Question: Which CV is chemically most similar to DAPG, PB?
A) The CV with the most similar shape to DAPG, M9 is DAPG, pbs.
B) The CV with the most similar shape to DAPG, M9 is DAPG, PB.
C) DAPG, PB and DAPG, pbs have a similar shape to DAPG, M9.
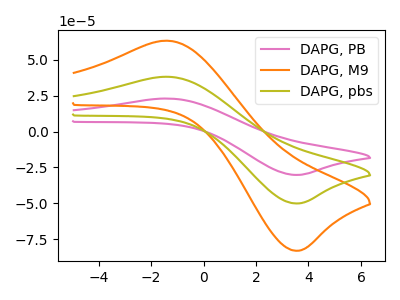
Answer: <think>The pink curve "DAPG, PB" has an anodic peak at (-1.40V, 76.35uA) and a cathodic peak at (3.45V, -100.10uA). The orange curve "DAPG, M9" has an anodic peak at (-1.40V, 63.30uA) and a cathodic peak at (3.45V, -83.00uA). The olive curve "DAPG, pbs" has an anodic peak at (-1.40V, 38.20uA) and a cathodic peak at (3.45V, -50.05uA).
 All the peaks in "DAPG, PB" have a peak in "DAPG, M9" at the same potential. Every peak in "DAPG, PB" is higher than every peak in "DAPG, M9". All the peaks in "DAPG, PB" have a peak in "DAPG, pbs" at the same potential. Every peak in "DAPG, PB" is higher than every peak in "DAPG, pbs". All the peaks in "DAPG, M9" have a peak in "DAPG, pbs" at the same potential. Every peak in "DAPG, M9" is higher than every peak in "DAPG, pbs".</think>
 <answer>C) "DAPG, PB" and "DAPG, pbs" have a similar shape to "DAPG, M9".</answer>
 <eval>C</eval>